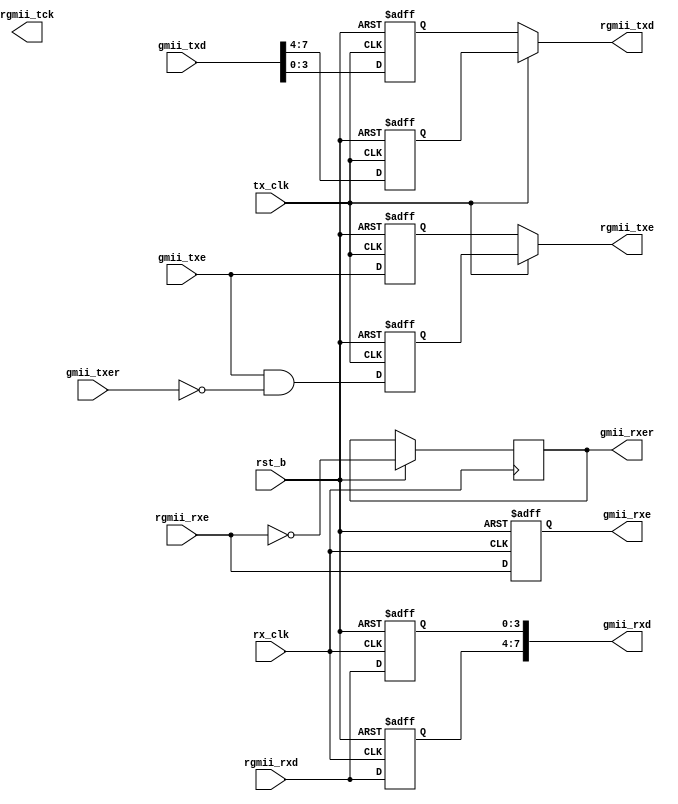
/*
* PROJECT: AQUAXIS Giga Ethernet MAC
* ----------------------------------------------------------------------
*
* aq_gemac_gmii2rgmii.v
* Copyright (C) 2007-2012 H.Ishihara, http://www.aquaxis.com/
*
* Permission is hereby granted, free of charge, to any person obtaining
* a copy of this software and associated documentation files (the
* "Software"), to deal in the Software without restriction, including
* without limitation the rights to use, copy, modify, merge, publish,
* distribute, sublicense, and/or sell copies of the Software, and to
* permit persons to whom the Software is furnished to do so, subject to
* the following conditions:
*
* The above copyright notice and this permission notice shall be
* included in all copies or substantial portions of the Software.
*
* THE SOFTWARE IS PROVIDED "AS IS", WITHOUT WARRANTY OF ANY KIND,
* EXPRESS OR IMPLIED, INCLUDING BUT NOT LIMITED TO THE WARRANTIES OF
* MERCHANTABILITY, FITNESS FOR A PARTICULAR PURPOSE AND
* NONINFRINGEMENT. IN NO EVENT SHALL THE AUTHORS OR COPYRIGHT HOLDERS BE
* LIABLE FOR ANY CLAIM, DAMAGES OR OTHER LIABILITY, WHETHER IN AN ACTION
* OF CONTRACT, TORT OR OTHERWISE, ARISING FROM, OUT OF OR IN CONNECTION
* WITH THE SOFTWARE OR THE USE OR OTHER DEALINGS IN THE SOFTWARE.
*
* For further information please contact.
*   http://www.aquaxis.com/
*   info(at)aquaxis.com or hidemi(at)sweetcafe.jp
*
* 2007/01/06 H.Ishihara	1st release
* 2011/04/24 H.Ishihara	rename
*/
module aq_gemac_gmii2rgmii(
    rst_b,

    tx_clk,
    gmii_txd,
    gmii_txe,
    gmii_txer,
    gmii_rxd,
    gmii_rxe,
    gmii_rxer,

    rx_clk,
    rgmii_txd,
    rgmii_txe,
    rgmii_rxd,
    rgmii_rxe,
    rgmii_tck
);
    input           rst_b;

    input           tx_clk;
    input [7:0]     gmii_txd;
    input           gmii_txe;
    input           gmii_txer;
    output [7:0]    gmii_rxd;
    output          gmii_rxe;
    output          gmii_rxer;

    input           rx_clk;
    output [3:0]    rgmii_txd;
    output          rgmii_txe;
    input [3:0]     rgmii_rxd;
    input           rgmii_rxe;
    output          rgmii_tck;

`ifdef XILINX

    wire [3:0]  d_rgmii_txd;
    wire        d_rgmii_txe;

    ODDR u_txe (
        .D1             ( gmii_txe      ),
        .D2             ( gmii_txe      ),
        .R              ( ~rst_b        ),
        .S              ( 1'b0          ),
        .C              ( tx_clk        ),
        .CE             ( 1'b1          ),
        .Q              ( rgmii_txe   )
    );

    ODDR u_txd3 (
        .D1             ( gmii_txd[7]   ),
        .D2             ( gmii_txd[3]   ),
        .R              ( ~rst_b        ),
        .S              ( 1'b0          ),
        .C              ( tx_clk        ),
        .CE             ( 1'b1          ),
        .Q              ( rgmii_txd[3]  )
    );

    ODDR u_txd2 (
        .D1             ( gmii_txd[6]   ),
        .D2             ( gmii_txd[2]   ),
        .R              ( ~rst_b        ),
        .S              ( 1'b0          ),
        .C              ( tx_clk        ),
        .CE             ( 1'b1          ),
        .Q              ( rgmii_txd[2]  )
    );

    ODDR u_txd1 (
        .D1             ( gmii_txd[5]   ),
        .D2             ( gmii_txd[1]   ),
        .R              ( ~rst_b        ),
        .S              ( 1'b0          ),
        .C              ( tx_clk        ),
        .CE             ( 1'b1          ),
        .Q              ( rgmii_txd[1]  )
    );

    ODDR u_txd0 (
        .D1             ( gmii_txd[4]   ),
        .D2             ( gmii_txd[0]   ),
        .R              ( ~rst_b        ),
        .S              ( 1'b0          ),
        .C              ( tx_clk        ),
        .CE             ( 1'b1          ),
        .Q              ( rgmii_txd[0]  )
    );

    wire tx_clk_oddr;
    ODDR u_ckb (
        .D1             ( 1'b0          ),
        .D2             ( 1'b1          ),
        .R              ( ~RST_B        ),
        .S              ( 1'b0          ),
        .C              ( ge_tx_clk     ),
        .CE             ( 1'b1          ),
        .Q              ( tx_clk_oddr   )
    );

    IODELAY #(
        .DELAY_SRC              ( "O"       ),
        .HIGH_PERFORMANCE_MODE  ( "TRUE"    ),
        .IDELAY_TYPE            ( "FIXED"   ),
        .IDELAY_VALUE           ( 0         ),
        .ODELAY_VALUE           ( 25        ),
        .REFCLK_FREQUENCY       ( 200.0     ),
        .SIGNAL_PATTERN         ( "DATA"    )
    ) u_IODELAY_ckb(
        .C      ( 1'b0          ),
        .CE     ( 1'b0          ),
        .INC    ( 1'b0          ),
        .DATAIN ( 1'b0          ),
        .DATAOUT( rgmii_tck     ),
        .IDATAIN( 1'b0          ),
        .ODATAIN( tx_clk_oddr   ),
        .RST    ( ~RST_B        ),
        .T      ( 1'b1          )
    );
/*
    IODELAY #(
        .DELAY_SRC              ( "O"       ),
        .HIGH_PERFORMANCE_MODE  ( "TRUE"    ),
        .IDELAY_TYPE            ( "FIXED"   ),
        .IDELAY_VALUE           ( 0         ),
        .ODELAY_VALUE           ( 10        ),
        .REFCLK_FREQUENCY       ( 200.0     ),
        .SIGNAL_PATTERN         ( "DATA"    )
    ) u_IODELAY_txd0(
        .C      ( 1'b0          ),
        .CE     ( 1'b0          ),
        .INC    ( 1'b0          ),
        .DATAIN ( 1'b0          ),
        .DATAOUT( rgmii_txd[0]  ),
        .IDATAIN( 1'b0          ),
        .ODATAIN( d_rgmii_txd[0]),
        .RST    ( ~rst_b        ),
        .T      ( 1'b1          )
    );

    IODELAY #(
        .DELAY_SRC              ( "O"       ),
        .HIGH_PERFORMANCE_MODE  ( "TRUE"    ),
        .IDELAY_TYPE            ( "FIXED"   ),
        .IDELAY_VALUE           ( 0         ),
        .ODELAY_VALUE           ( 10        ),
        .REFCLK_FREQUENCY       ( 200.0     ),
        .SIGNAL_PATTERN         ( "DATA"    )
    ) u_IODELAY_txd1(
        .C      ( 1'b0          ),
        .CE     ( 1'b0          ),
        .INC    ( 1'b0          ),
        .DATAIN ( 1'b0          ),
        .DATAOUT( rgmii_txd[1]  ),
        .IDATAIN( 1'b0          ),
        .ODATAIN( d_rgmii_txd[1]),
        .RST    ( ~rst_b        ),
        .T      ( 1'b1          )
    );

    IODELAY #(
        .DELAY_SRC              ( "O"       ),
        .HIGH_PERFORMANCE_MODE  ( "TRUE"    ),
        .IDELAY_TYPE            ( "FIXED"   ),
        .IDELAY_VALUE           ( 0         ),
        .ODELAY_VALUE           ( 10        ),
        .REFCLK_FREQUENCY       ( 200.0     ),
        .SIGNAL_PATTERN         ( "DATA"    )
    ) u_IODELAY_txd2(
        .C      ( 1'b0          ),
        .CE     ( 1'b0          ),
        .INC    ( 1'b0          ),
        .DATAIN ( 1'b0          ),
        .DATAOUT( rgmii_txd[2]  ),
        .IDATAIN( 1'b0          ),
        .ODATAIN( d_rgmii_txd[2]),
        .RST    ( ~rst_b        ),
        .T      ( 1'b1          )
    );

    IODELAY #(
        .DELAY_SRC              ( "O"       ),
        .HIGH_PERFORMANCE_MODE  ( "TRUE"    ),
        .IDELAY_TYPE            ( "FIXED"   ),
        .IDELAY_VALUE           ( 0         ),
        .ODELAY_VALUE           ( 10        ),
        .REFCLK_FREQUENCY       ( 200.0     ),
        .SIGNAL_PATTERN         ( "DATA"    )
    ) u_IODELAY_txd3(
        .C      ( 1'b0          ),
        .CE     ( 1'b0          ),
        .INC    ( 1'b0          ),
        .DATAIN ( 1'b0          ),
        .DATAOUT( rgmii_txd[3]  ),
        .IDATAIN( 1'b0          ),
        .ODATAIN( d_rgmii_txd[3]),
        .RST    ( ~rst_b        ),
        .T      ( 1'b1          )
    );

    IODELAY #(
        .DELAY_SRC              ( "O"       ),
        .HIGH_PERFORMANCE_MODE  ( "TRUE"    ),
        .IDELAY_TYPE            ( "FIXED"   ),
        .IDELAY_VALUE           ( 0         ),
        .ODELAY_VALUE           ( 10        ),
        .REFCLK_FREQUENCY       ( 200.0     ),
        .SIGNAL_PATTERN         ( "DATA"    )
    ) u_IODELAY_txe(
        .C      ( 1'b0          ),
        .CE     ( 1'b0          ),
        .INC    ( 1'b0          ),
        .DATAIN ( 1'b0          ),
        .DATAOUT( rgmii_txe     ),
        .IDATAIN( 1'b0          ),
        .ODATAIN( d_rgmii_txe   ),
        .RST    ( ~rst_b        ),
        .T      ( 1'b1          )
    );
*/
    // Rx

    wire        id_rgmii_rxe;
    wire [3:0]  id_rgmii_rxd;
    wire        d_gmii_rxe;
    wire        d_gmii_rxer;
    wire [7:0]  d_gmii_rxd;
    reg         gmii_rxe;
    reg         gmii_rxer;
    reg [7:0]   gmii_rxd;

    IODELAY #(
        .DELAY_SRC              ( "I"       ),
        .HIGH_PERFORMANCE_MODE  ( "TRUE"    ),
        .IDELAY_TYPE            ( "FIXED"   ),
        .IDELAY_VALUE           ( 6         ),
        .ODELAY_VALUE           ( 0        ),
        .REFCLK_FREQUENCY       ( 200.0     ),
        .SIGNAL_PATTERN         ( "DATA"    )
    ) u_IODELAY_rxe(
        .C      ( 1'b0          ),
        .CE     ( 1'b0          ),
        .INC    ( 1'b0          ),
        .DATAIN ( 1'b0          ),
        .DATAOUT( id_rgmii_rxe   ),
        .IDATAIN( rgmii_rxe     ),
        .ODATAIN( 1'b0          ),
        .RST    ( ~rst_b        ),
        .T      ( 1'b0          )
    );

    IODELAY #(
        .DELAY_SRC              ( "I"       ),
        .HIGH_PERFORMANCE_MODE  ( "TRUE"    ),
        .IDELAY_TYPE            ( "FIXED"   ),
        .IDELAY_VALUE           ( 6         ),
        .ODELAY_VALUE           ( 0        ),
        .REFCLK_FREQUENCY       ( 200.0     ),
        .SIGNAL_PATTERN         ( "DATA"    )
    ) u_IODELAY_rxd3(
        .C      ( 1'b0          ),
        .CE     ( 1'b0          ),
        .INC    ( 1'b0          ),
        .DATAIN ( 1'b0          ),
        .DATAOUT( id_rgmii_rxd[3]),
        .IDATAIN( rgmii_rxd[3]  ),
        .ODATAIN( 1'b0          ),
        .RST    ( ~rst_b        ),
        .T      ( 1'b0          )
    );

    IODELAY #(
        .DELAY_SRC              ( "I"       ),
        .HIGH_PERFORMANCE_MODE  ( "TRUE"    ),
        .IDELAY_TYPE            ( "FIXED"   ),
        .IDELAY_VALUE           ( 6         ),
        .ODELAY_VALUE           ( 0        ),
        .REFCLK_FREQUENCY       ( 200.0     ),
        .SIGNAL_PATTERN         ( "DATA"    )
    ) u_IODELAY_rxd2(
        .C      ( 1'b0          ),
        .CE     ( 1'b0          ),
        .INC    ( 1'b0          ),
        .DATAIN ( 1'b0          ),
        .DATAOUT( id_rgmii_rxd[2]),
        .IDATAIN( rgmii_rxd[2]  ),
        .ODATAIN( 1'b0          ),
        .RST    ( ~rst_b        ),
        .T      ( 1'b0          )
    );

    IODELAY #(
        .DELAY_SRC              ( "I"       ),
        .HIGH_PERFORMANCE_MODE  ( "TRUE"    ),
        .IDELAY_TYPE            ( "FIXED"   ),
        .IDELAY_VALUE           ( 6         ),
        .ODELAY_VALUE           ( 0        ),
        .REFCLK_FREQUENCY       ( 200.0     ),
        .SIGNAL_PATTERN         ( "DATA"    )
    ) u_IODELAY_rxd1(
        .C      ( 1'b0          ),
        .CE     ( 1'b0          ),
        .INC    ( 1'b0          ),
        .DATAIN ( 1'b0          ),
        .DATAOUT( id_rgmii_rxd[1]),
        .IDATAIN( rgmii_rxd[1]  ),
        .ODATAIN( 1'b0          ),
        .RST    ( ~rst_b        ),
        .T      ( 1'b0          )
    );

    IODELAY #(
        .DELAY_SRC              ( "I"       ),
        .HIGH_PERFORMANCE_MODE  ( "TRUE"    ),
        .IDELAY_TYPE            ( "FIXED"   ),
        .IDELAY_VALUE           ( 6         ),
        .ODELAY_VALUE           ( 0        ),
        .REFCLK_FREQUENCY       ( 200.0     ),
        .SIGNAL_PATTERN         ( "DATA"    )
    ) u_IODELAY_rxd0(
        .C      ( 1'b0          ),
        .CE     ( 1'b0          ),
        .INC    ( 1'b0          ),
        .DATAIN ( 1'b0          ),
        .DATAOUT( id_rgmii_rxd[0]),
        .IDATAIN( rgmii_rxd[0]  ),
        .ODATAIN( 1'b0          ),
        .RST    ( ~rst_b        ),
        .T      ( 1'b0          )
    );


    IDDR u_rxd3 (
        .D      ( id_rgmii_rxd[3]  ),
        .R      ( ~rst_b        ),
        .S      ( 1'b0		    ),
        .C      ( rx_clk        ),
        .CE     ( 1'b1          ),
        .Q1     ( d_gmii_rxd[3]   ),
        .Q2     ( d_gmii_rxd[7]   )
    );

    IDDR u_rxd2 (
        .D      ( id_rgmii_rxd[2]  ),
        .R      ( ~rst_b        ),
        .S      ( 1'b0		    ),
        .C      ( rx_clk        ),
        .CE     ( 1'b1          ),
        .Q1     ( d_gmii_rxd[2]   ),
        .Q2     ( d_gmii_rxd[6]   )
    );

    IDDR u_rxd1 (
        .D      ( id_rgmii_rxd[1]  ),
        .R      ( ~rst_b        ),
        .S      ( 1'b0		    ),
        .C      ( rx_clk        ),
        .CE     ( 1'b1          ),
        .Q1     ( d_gmii_rxd[1]   ),
        .Q2     ( d_gmii_rxd[5]   )
    );

    IDDR u_rxd0 (
        .D      ( id_rgmii_rxd[0]  ),
        .R      ( ~rst_b        ),
        .S      ( 1'b0		    ),
        .C      ( rx_clk        ),
        .CE     ( 1'b1          ),
        .Q1     ( d_gmii_rxd[0]   ),
        .Q2     ( d_gmii_rxd[4]   )
    );

    IDDR u_rxc (
        .D      ( id_rgmii_rxe     ),
        .R      ( ~rst_b        ),
        .S      ( 1'b0		    ),
        .C      ( rx_clk        ),
        .CE     ( 1'b1          ),
        .Q1     ( d_gmii_rxe   ),
        .Q2     ( d_gmii_rxer    )
    );

/*
    reg         d_gmii_rxe;
    reg [7:0]   d_gmii_rxd;
    reg         gmii_rxe;
    reg         gmii_rxer;
    reg [7:0]   gmii_rxd;

    always @(posedge rx_clk or negedge rst_b) begin
        if(!rst_b) begin
            d_gmii_rxe  <= 1'b0;
        end else begin
            d_gmii_rxe  <= rgmii_rxe;
        end
    end

    always @(negedge rx_clk or negedge rst_b) begin
        if(!rst_b) begin
            d_gmii_rxd[3:0]   <= 4'd0;
        end else begin
            d_gmii_rxd[3:0]   <= rgmii_rxd;
        end
    end

    always @(posedge rx_clk or negedge rst_b) begin
        if(!rst_b) begin
            d_gmii_rxd[7:4]   <= 4'd0;
        end else begin
            d_gmii_rxd[7:4]   <= rgmii_rxd;
        end
    end

    always @(negedge rx_clk or negedge rst_b) begin
        if(!rst_b) begin
            gmii_rxe   <= 1'b0;
            gmii_rxer  <= 1'b0;
        end else begin
            gmii_rxe   <= d_gmii_rxe;
            gmii_rxer  <= ~d_gmii_rxe;
        end
    end

    always @(negedge rx_clk or negedge rst_b) begin
        if(!rst_b) begin
            gmii_rxd    <= 8'd0;
        end else begin
            gmii_rxd    <= d_gmii_rxd;
        end
    end
*/
    always @(posedge rx_clk or negedge rst_b) begin
        if(!rst_b) begin
            gmii_rxe   <= 1'b0;
            gmii_rxer  <= 1'b0;
            gmii_rxd     <= 8'd0;
        end else begin
            gmii_rxe   <= d_gmii_rxe;
            gmii_rxer  <= ~d_gmii_rxe;
            gmii_rxd    <= d_gmii_rxd;
        end
    end

`else
    reg [7:0]       tx_data;
    reg             tx_ena_r;
    reg             tx_ena_f;

    // TX Data
    always @(negedge tx_clk or negedge rst_b) begin
        if(!rst_b) begin
            tx_data[3:0] <= 4'd0;
            tx_ena_r     <= 1'b0;
        end else begin
            tx_data[3:0] <= gmii_txd[3:0];
            tx_ena_r     <= gmii_txe;
        end
    end

    always @(posedge tx_clk or negedge rst_b) begin
        if(!rst_b) begin
            tx_data[7:4] <= 4'd0;
            tx_ena_f     <= 1'b0;
        end else begin
            tx_data[7:4] <= gmii_txd[7:4];
            tx_ena_f     <= gmii_txe & ~gmii_txer;
        end
    end

    assign rgmii_txd[3:0] = (tx_clk)?tx_data[7:4]:tx_data[3:0];
    assign rgmii_txe      = (tx_clk)?tx_ena_f:tx_ena_r;

    reg [7:0] gmii_rxd;
    reg       gmii_rxe;
    reg       gmii_rxer;

    // RX Data(Posedge)
    always @(posedge rx_clk or negedge rst_b) begin
        if(!rst_b) begin
            gmii_rxd[3:0] <= 4'd0;
            gmii_rxe      <= 1'b0;
        end else begin
            gmii_rxd[3:0] <= rgmii_rxd[3:0];
            gmii_rxe      <= rgmii_rxe;
        end
    end
    // RX Data(negedge)
    always @(negedge rx_clk or negedge rst_b) begin
        if(!rst_b) begin
            gmii_rxd[7:4] <= 4'd0;
        end else begin
            gmii_rxd[7:4] <= rgmii_rxd[3:0];
            gmii_rxer     <= ~rgmii_rxe;
        end
    end
`endif
endmodule